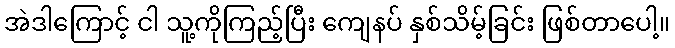
အဲဒါကြောင့် ငါ သူ့ကိုကြည့်ပြီး ကျေနပ် နှစ်သိမ့်ခြင်း ဖြစ်တာပေါ့။